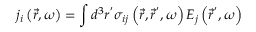
j _ { i } \left( \vec { r } , \omega \right) = \int d ^ { 3 } r ^ { ^ { \prime } } \sigma _ { i j } \left( \vec { r } , \vec { r } ^ { ^ { \prime } } , \omega \right) E _ { j } \left( \vec { r } ^ { ^ { \prime } } , \omega \right)